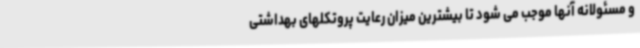
و مسئولانه آنها موجب می شود تا بیشترین میزان رعایت پروتکلهای بهداشتی